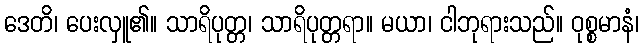
ဒေတိ၊ ပေးလှူ၏။ သာရိပုတ္တ၊ သာရိပုတ္တရာ။ မယာ၊ ငါဘုရားသည်။ ဝုစ္စမာနံ၊